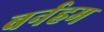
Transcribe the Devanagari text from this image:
बर्नहम